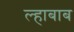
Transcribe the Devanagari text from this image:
ल्हाबाब